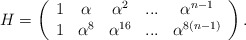
\begin{align*}H=\left( \begin{array}{ccccc}1 & \alpha & \alpha ^{2} & ... & \alpha ^{n-1} \\ 1 & \alpha ^{8} & \alpha ^{16} & ... & \alpha ^{8(n-1)}\end{array}\right) . \end{align*}